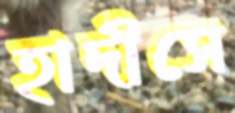
হাদীসে